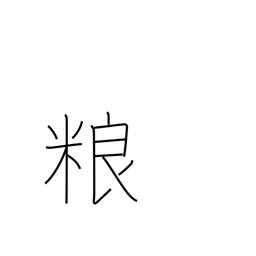
Meaning: food